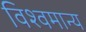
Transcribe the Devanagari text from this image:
विश्वमान्य